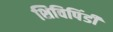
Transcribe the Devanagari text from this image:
शिविपिंडी